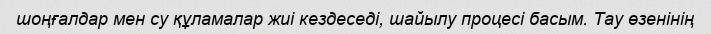
шоңғалдар мен су құламалар жиі кездеседі, шайылу процесі басым. Тау өзенінің